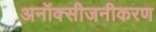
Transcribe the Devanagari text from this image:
अनॉक्सीजनीकरण